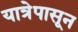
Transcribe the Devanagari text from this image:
यात्रेपासून